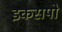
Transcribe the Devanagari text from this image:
इकसपो